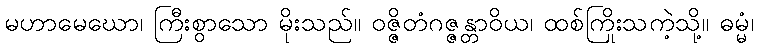
မဟာမေဃော၊ ကြီးစွာသော မိုးသည်။ ဝဇ္ဇိတံဂဇ္ဇန္တာဝိယ၊ ထစ်ကြိုးသကဲ့သို့။ ဓမ္မံ၊